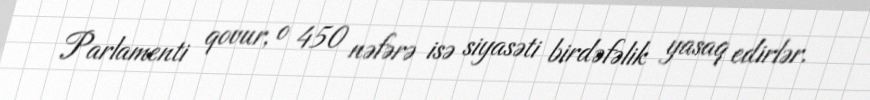
Parlamenti qovur, o 450 nəfərə isə siyasəti birdəfəlik yasaq edirlər.